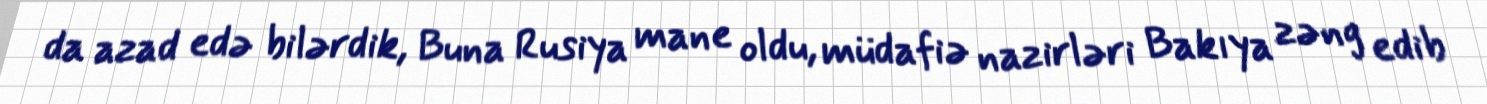
da azad edə bilərdik, Buna Rusiya mane oldu, müdafiə nazirləri Bakıya zəng edib